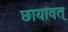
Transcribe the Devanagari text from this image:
छायावत्‌